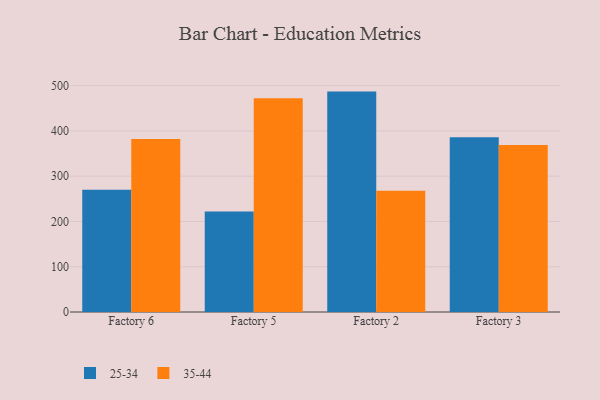
{"axis": {"x": "Factory", "y": "Budget (USD K)"}, "legend": ["25-34", "35-44"], "data": [{"x": "Factory 6", "y": 270.1, "type": "25-34"}, {"x": "Factory 6", "y": 382.1, "type": "35-44"}, {"x": "Factory 5", "y": 221.8, "type": "25-34"}, {"x": "Factory 5", "y": 472.2, "type": "35-44"}, {"x": "Factory 2", "y": 486.9, "type": "25-34"}, {"x": "Factory 2", "y": 267.9, "type": "35-44"}, {"x": "Factory 3", "y": 386.2, "type": "25-34"}, {"x": "Factory 3", "y": 368.7, "type": "35-44"}]}